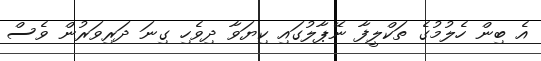
އެ ބިން ހެލުމުގެ ތަކްލީފާ ނޭޕާލުގައި ކިޔަވާ ދިވެހި ގިނަ ދަރިވަރުން ވެސް